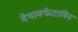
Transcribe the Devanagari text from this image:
मेथामफेटामिन